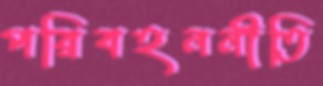
পরিবহননীতি